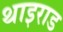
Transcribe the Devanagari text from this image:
थाइराड